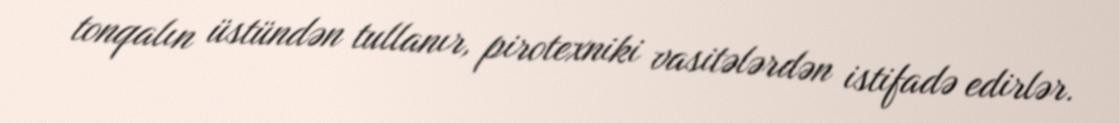
tonqalın üstündən tullanır, pirotexniki vasitələrdən istifadə edirlər.